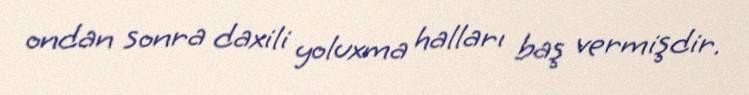
ondan sonra daxili yoluxma halları baş vermişdir.